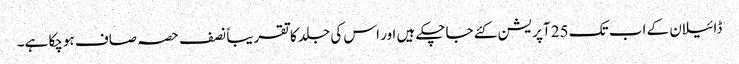
ڈائیلان کے اب تک 25 آپریشن کئے جاچکے ہیں اور اس کی جلد کا تقریباً نصف حصہ صاف ہوچکا ہے۔